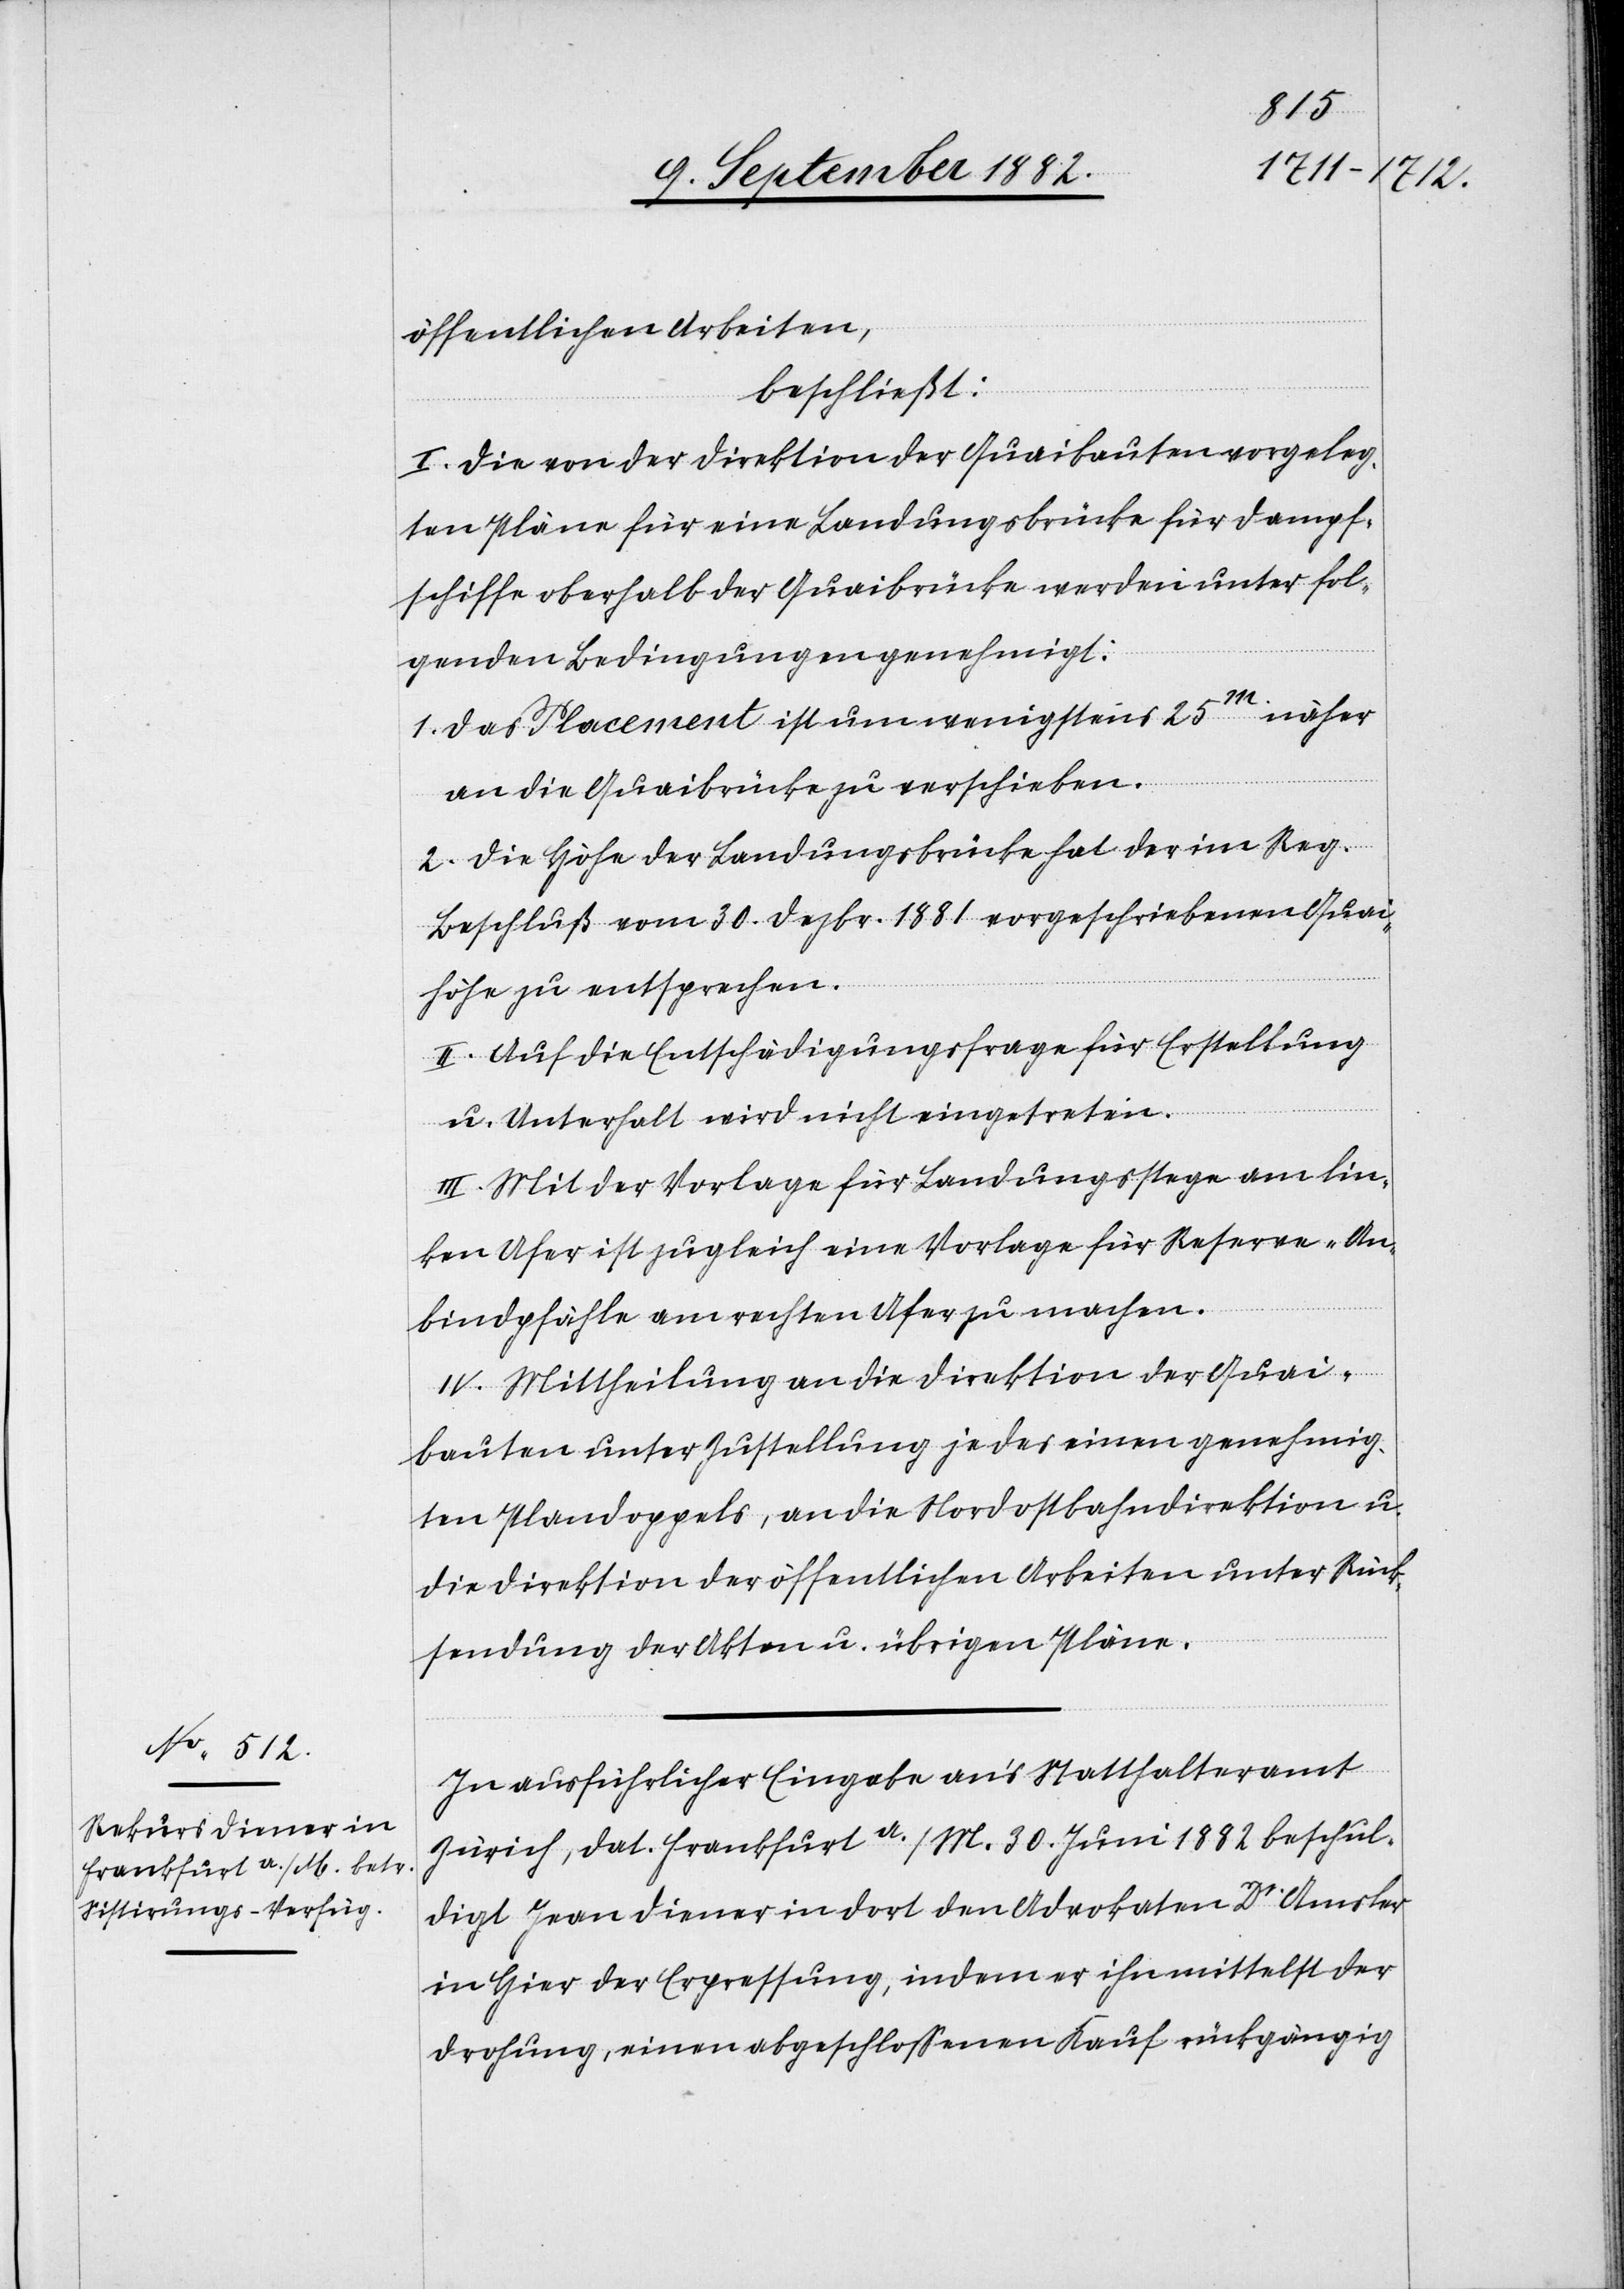
öffentlichen Arbeiten,
beschließt:
I. Die von der Direktion der Quaibauten vorgeleg¬
ten Pläne für eine Landungsbrücke für Dampf¬
schiffe oberhalb der Quaibrücke werden unter fol¬
genden Bedingungen genehmigt:
1. Das Placement ist um wenigstens 25m. näher
an die Quaibrücke zu verschieben.
2. Die Höhe der Landungsbrücke hat der im Reg.
Beschluß vom 30. Dezbr. 1881 vorgeschriebenen Quai¬
höhe zu entsprechen.
II. Auf die Entschädigungsfrage für Erstellung
u. Unterhalt wird nicht eingetreten.
III. Mit der Vorlage für Landungsstege am lin¬
ken Ufer ist zugleich eine Vorlage für Reserve-An¬
bindpfähle am rechten Ufer zu machen.
IV. Mittheilung an die Direktion der Quai¬
bauten unter Zustellung je des einen genehmig¬
ten Plandoppels, an die Nordostbahndirektion u.
die Direktion der öffentlichen Arbeiten unter Rück¬
sendung der Akten u. übrigen Pläne.
In ausführlicher Eingabe an’s Statthalteramt
Zürich, dat. Frankfurt a./M. 30. Juni 1882 beschul¬
digt Jean Diener in dort den Advokaten Dr Amsler
in Hier der Erpressung, indem er ihn mittelst der
Drohung, einen abgeschloßenen Kauf rückgängig